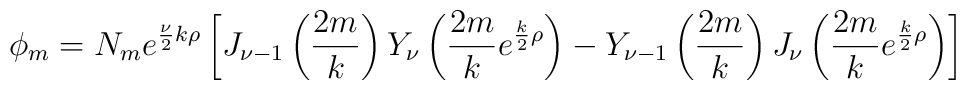
\phi_m=N_m e^{{\nu \over 2}k \rho}\left[J_{\nu-1}\left({2m \over k}\right)Y_{\nu}\left({2m \over k}e^{{k \over 2} \rho}\right)-Y_{\nu-1}\left({2m \over k}\right)J_{\nu}\left({2m \over k}e^{{k \over 2} \rho}\right)\right]